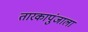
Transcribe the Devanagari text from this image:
तारकापुंजाला